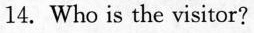
14.Who is the visitor?